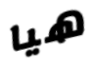
هيا